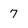
Character: 7